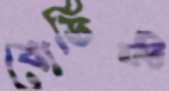
বোর্ডিস্ট